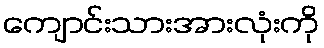
ကျောင်းသားအားလုံးကို